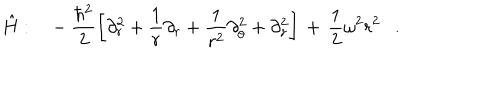
\hat { H } : \ \ \ - \frac { \hbar ^ { 2 } } { 2 } \left[ \partial _ { r } ^ { 2 } + \frac { 1 } { r } \partial _ { r } + \frac { 1 } { r ^ { 2 } } \partial _ { \theta } ^ { 2 } + \partial _ { z } ^ { 2 } \right] \, + \, \frac { 1 } { 2 } \omega ^ { 2 } r ^ { 2 } \ \ \ .